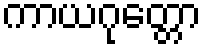
ကာယဂုတ္တော